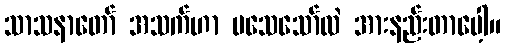
သာသနာတော် အသက်ဟာ မသေသော်လဲ အားနည်းတာပေါ့။